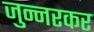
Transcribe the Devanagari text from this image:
जुन्‍नरकर